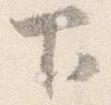
下